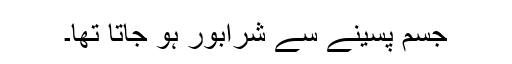
جسم پسینے سے شرابور ہو جاتا تھا۔